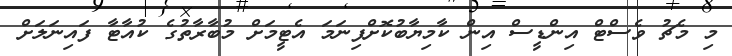
މި މެޗު ވެސްޓް އިންޑީސް އިން ކާމިޔާބުކޮށްފިނަމަ އެޓީމަށް މުބާރާތުގެ ކުއާޓާ ފައިނަލަށް